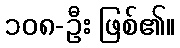
၁၀၈-ဦး ဖြစ်၏။